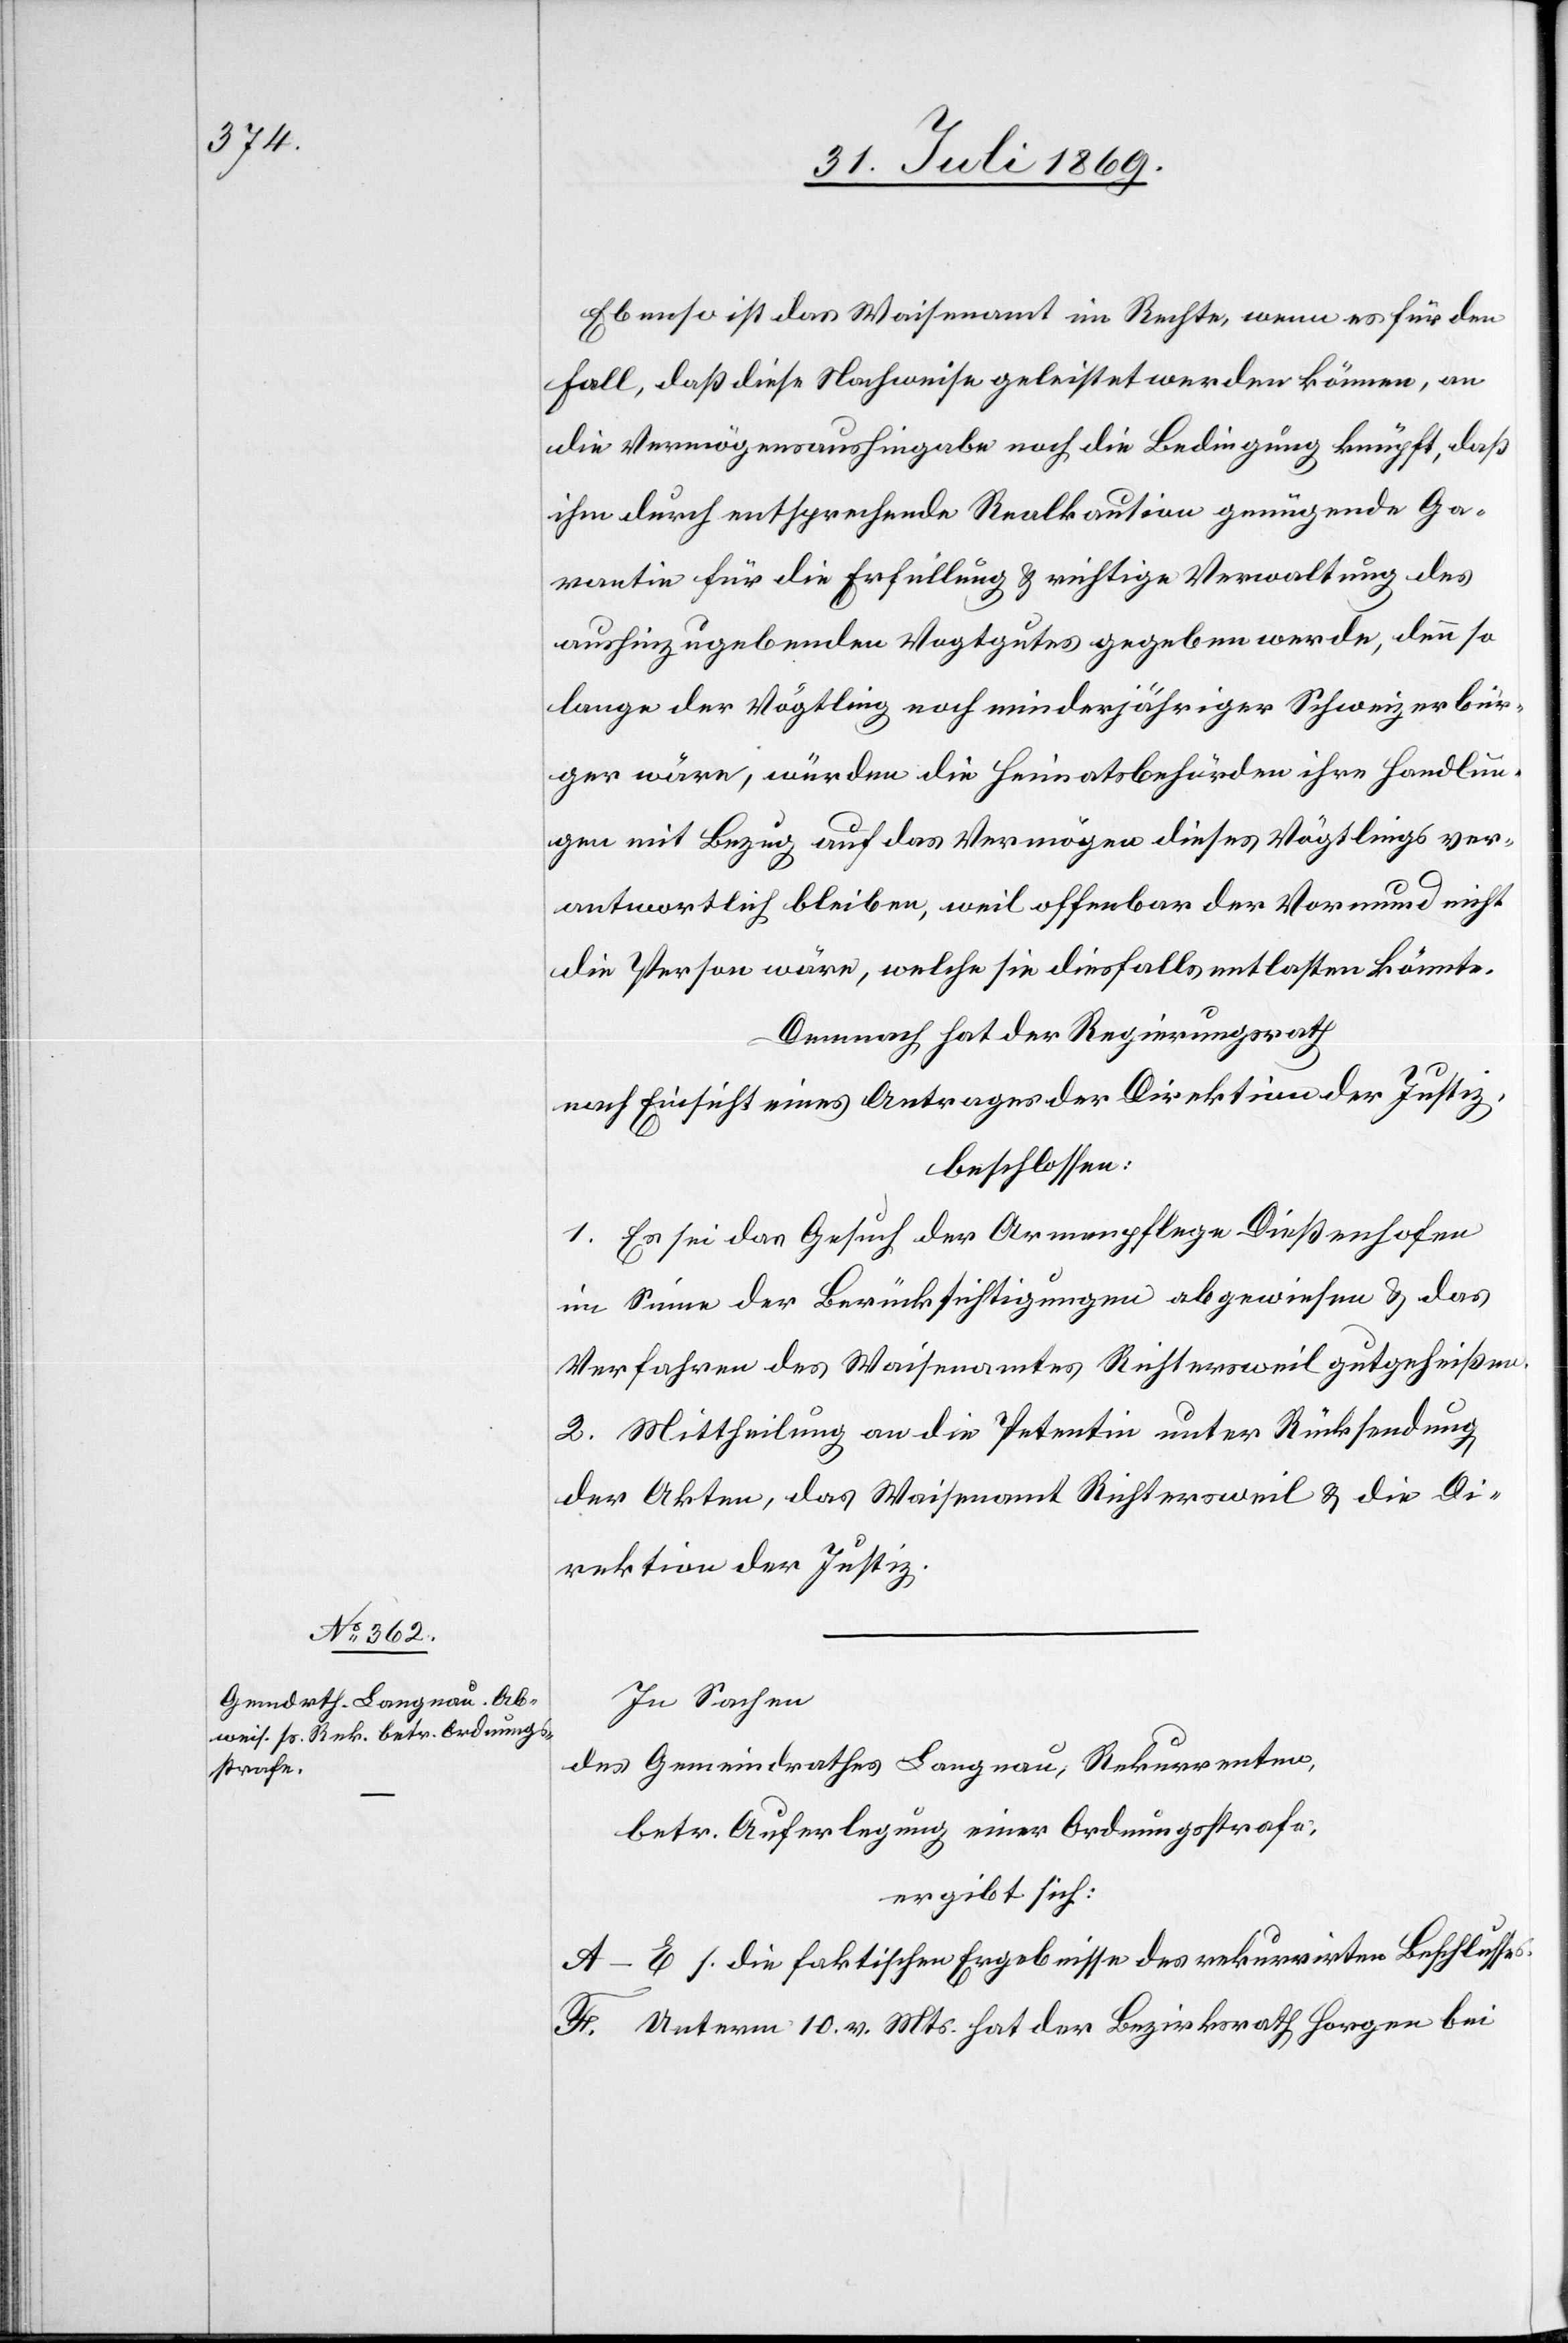
Ebenso ist das Waisenamt im Rechte, wenn es für den
Fall, daß diese Nachweise geleistet werden können, an
die Vermögensaushingabe noch die Bedingung knüpft, daß
ihm durch entsprechende Realkaution genügende Ga¬
rantie für die Erfüllung u. richtige Verwaltung des
aushinzugebenden Vogtgutes gegeben werde, denn so
lange der Vögtling noch minderjähriger Schweizerbür¬
ger wäre, würden die Heimatsbehörden ihre Handlun¬
gen mit Bezug auf das Vermögen dieses Vögtlings ver¬
antwortlich bleiben, weil offenbar der Vormund nicht
die Person wäre, welche sie diesfalls entlasten könnte.
Demnach hat der Regierungsrath
nach Einsicht eines Antrages der Direktion der Justiz,
beschlossen:
1. Es sei das Gesuch der Armenpflege Dießenhofen
im Sinne der Berücksichtigungen abgewiesen u. das
Verfahren des Waisenamtes Richtersweil gutgeheißen.
2. Mittheilung an die Petentin unter Rücksendung
der Akten, das Waisenamt Richtersweil u. die Di¬
rektion der Justiz.
In Sachen
des Gemeindrathes Langnau, Rekurrenten,
betr. Auferlegung einer Ordnungsstrafe,
ergibt sich:
A–E. s. die faktischen Ergebnisse des rekurrirten Beschlusses.
F. Unterm 10. v. Mts. hat der Bezirksrath Horgen bei